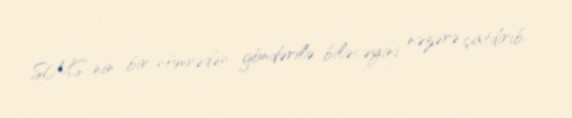
SMS-nin bir nömrədən göndərilə biləcəyini nəzərə çatdırıb.